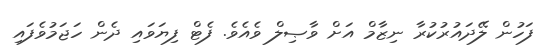
ފަހުން ލޭދައުރުކުރާ ނިޒާމް އަށް ވާޞިލް ވެއެވެ. ފެޓް ފިޔަވައި ދެން ހަޖަމުވެފައި